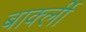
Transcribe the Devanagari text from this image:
बार्क्ली